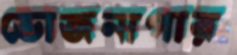
ভোজনাগার